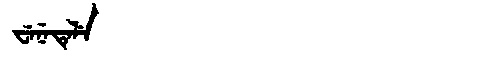
Manchu: ᠸᡝᠨᡝᡨᡝᠯᡝ
Romanization: WENETELE